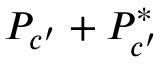
P _ { c ^ { \prime } } + P _ { c ^ { \prime } } ^ { * }